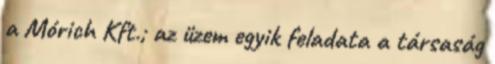
a Mórich Kft.; az üzem egyik feladata a társaság